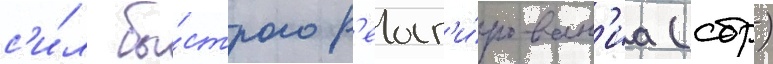
с'и́л бы́строго р'еаг'и́рован'иа (сбр)